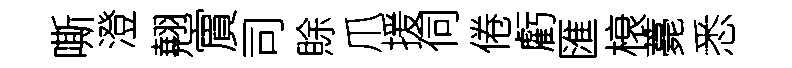
嘶澄翹賔司賖爪援伺倦虧匯榱薧悉